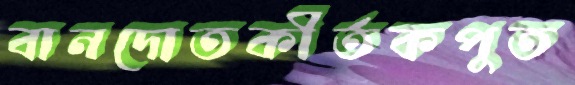
বানদোতকীর্তকপুত